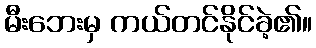
မီးဘေးမှ ကယ်တင်နိုင်ခဲ့၏။